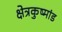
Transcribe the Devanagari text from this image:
क्षेत्रकुष्मांड